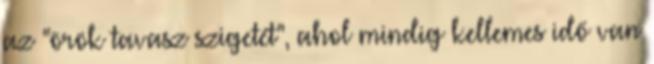
az "örök tavasz szigetét", ahol mindig kellemes idő van